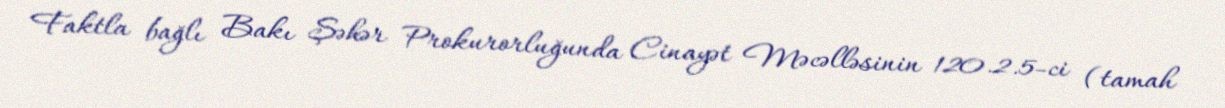
Faktla bağlı Bakı Şəhər Prokurorluğunda Cinayət Məcəlləsinin 120.2.5-ci (tamah